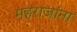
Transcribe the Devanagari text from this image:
महराजांना